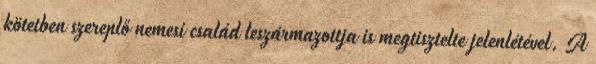
kötetben szereplő nemesi család leszármazottja is megtisztelte jelenlétével. A